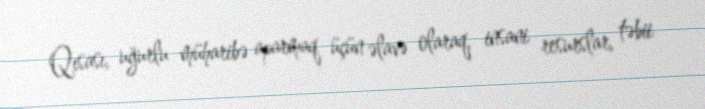
Qısası, uğurlu müharibə aparmaq üçün əlavə olaraq, insani resurslar, təbii